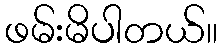
ဖမ်းမိပါတယ်။